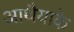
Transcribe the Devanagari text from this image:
आथैयाके